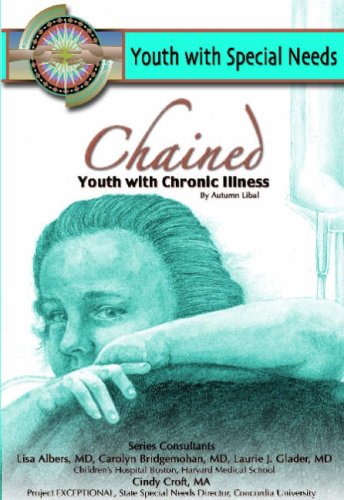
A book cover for Chained: Youth With Chronic Illness (Youth With Special Needs); Autumn Libal; Teen & Young Adult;